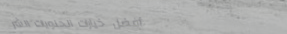
أفضل خيارات الحلويات الشر